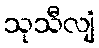
သုသီလျံ